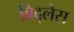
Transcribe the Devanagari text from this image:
ब्रिद्लेस